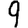
Digit: 9